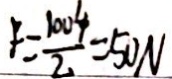
f = \frac { 1 0 0 4 } { 2 } = 5 0 N